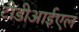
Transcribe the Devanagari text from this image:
टीडीआईएल